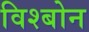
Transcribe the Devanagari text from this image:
विश्बोन